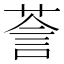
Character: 𮏵